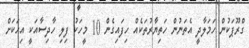
ގްރޫޕަކުން ހަމަލާދީ އެތަނުން ހަތިޔާރުތަކެއް ހިފައިގެން 10 މީހަކު ފިލި ހާދިސާއަކީ އިހަކަށް